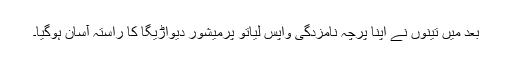
بعد میں تینوں نے اپنا پرچہ نامزدگی واپس لیاتو پرمیشور دیواڑیگا کا راستہ آسان ہوگیا۔